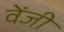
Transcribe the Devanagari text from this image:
वेंजी